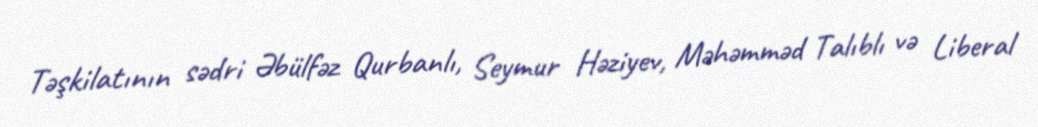
Təşkilatının sədri Əbülfəz Qurbanlı, Seymur Həziyev, Məhəmməd Talıblı və Liberal